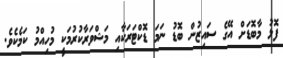
ފޮޅު މާބޮޑަށް އޭގެ ސައިޒުން ބޮޑު ނަމަ ޑޮކްޓަރަކާއި މަޝްވަރާކުރުމަކީ މުހިއްމު ކަމެކެވެ.